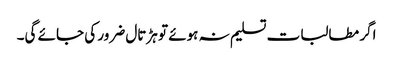
اگر مطالبات تسلیم نہ ہوئے تو ہڑتال ضرور کی جائے گی۔